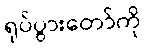
ရုပ်ပွားတော်ကို